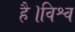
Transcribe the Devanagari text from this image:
है।विश्व